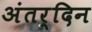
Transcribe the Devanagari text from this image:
अंतर्दिन